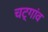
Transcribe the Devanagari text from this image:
चट्गांव